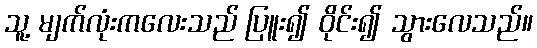
သူ့ မျက်လုံးကလေးသည် ပြူး၍ ဝိုင်း၍ သွားလေသည်။